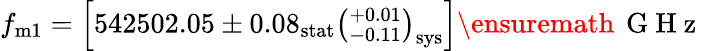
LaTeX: f_{\mathrm{m1}}=\left[542502.05\pm 0.08_{\mathrm{stat}}\left(^{+0.01}_{-0.11}\right)_{\mathrm{sys}}\right]\ensuremath{\, \mathrm{~G~H~z~}}